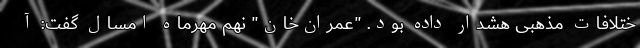
ختلافات مذهبی هشدار داده بود. "عمران‌خان" نهم مهرماه امسال گفت: آ